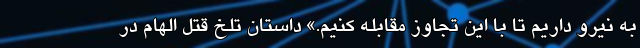
به نیرو داریم تا با این تجاوز مقابله کنیم.» داستان تلخ قتل الهام در